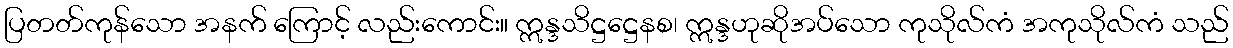
ပြတတ်ကုန်သော အနက် ကြောင့် လည်းကောင်း။ ဣန္ဒသိဋ္ဌဋ္ဌေနစ၊ ဣန္ဒဟုဆိုအပ်သော ကုသိုလ်ကံ အကုသိုလ်ကံ သည်